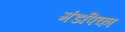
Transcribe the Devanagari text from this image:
मंडपिका